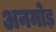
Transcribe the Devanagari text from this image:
अनमोड़